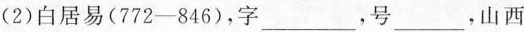
(2)白居易(772-846)，字___，号___，山西